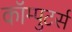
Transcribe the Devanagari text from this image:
कॉम्पुटर्स